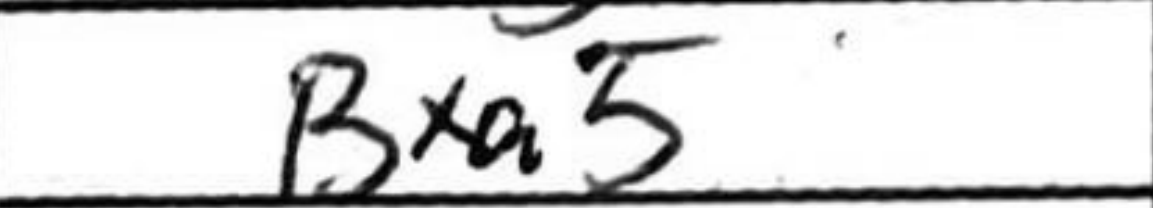
Transcription: Bxa5